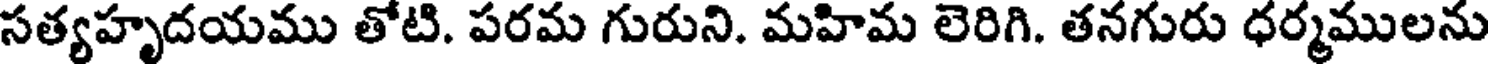
సత్యహృదయము తోటి. పరమ గురుని. మహిమ లెరిగి. తనగురు ధర్మములను